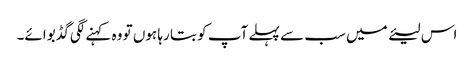
اس لیئے میں سب سے پہلے آپ کو بتا رہا ہوں تو وہ کہنے لگی گڈ بوائے۔